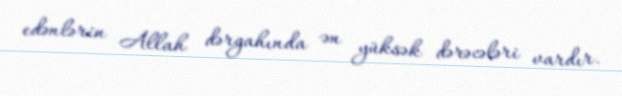
edənlərin Allah dərgahında ən yüksək dərəcələri vardır.